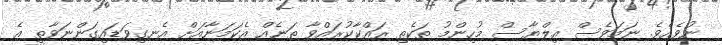
ނުވެއެވެ. ނަމަވެސް އިލްޔާސް މުހިންމު ތަކެތި ރައްކާކުރައްވާ ތަނެއް އެކަމަނާއަށް އެނގިވަޑައިގަންނަވާތީ އެ